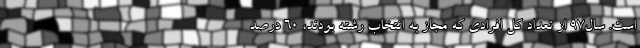
است. سال97 از تعداد کل افرادی که مجاز به انتخاب رشته بودند، 60 درصد